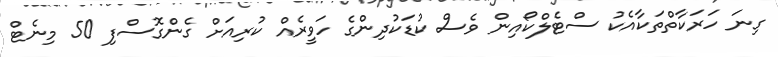
ގިނަ ހަރަކާތްތަކާއެކު ސްޓެލްކޯއިން ވެސް ކުޑަކުދިންގެ ހަވީރެއް ކުރިއަށް ގެންގޮސްފި 50 މިނެޓް